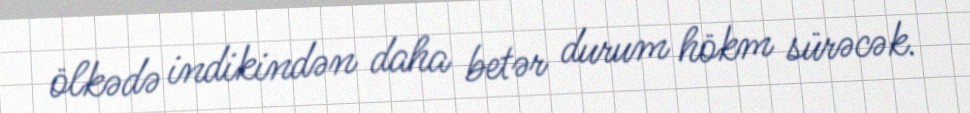
ölkədə indikindən daha betər durum hökm sürəcək.